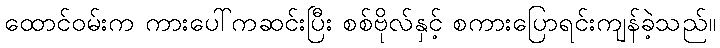
ထောင်ဝမ်းက ကားပေါ်ကဆင်းပြီး စစ်ဗိုလ်နှင့် စကားပြောရင်းကျန်ခဲ့သည်။